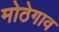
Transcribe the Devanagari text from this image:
मोठेगाव